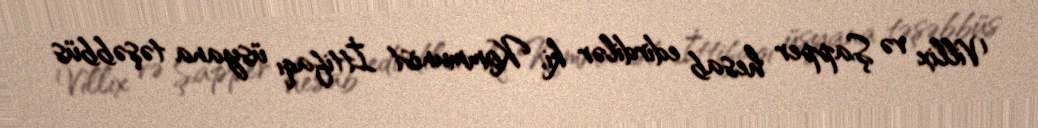
Villix və Şapper hesab edirdilər ki, Kommunist İttifaqı üsyana təşəbbüs